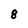
Character: 8